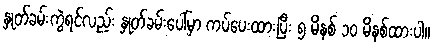
နှုတ်ခမ်းကွဲရင်လည်း နှုတ်ခမ်းပေါ်မှာ ကပ်ပေးထားပြီး ၅ မိနစ် ၁၀ မိနစ်ထားပါ။